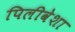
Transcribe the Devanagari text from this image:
पिलीवेशा